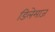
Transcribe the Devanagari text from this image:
डिलेमाज